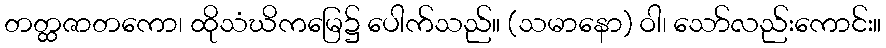
တတ္ထဇာတကော၊ ထိုသံဃိကမြေ၌ ပေါက်သည်။ (သမာနော) ဝါ၊ သော်လည်းကောင်း။